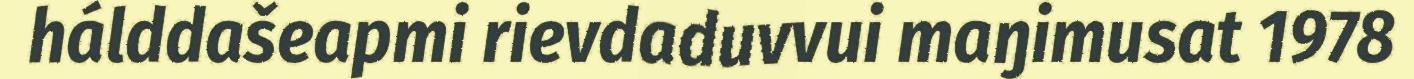
hálddašeapmi rievdaduvvui maŋimusat 1978